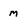
Character: M